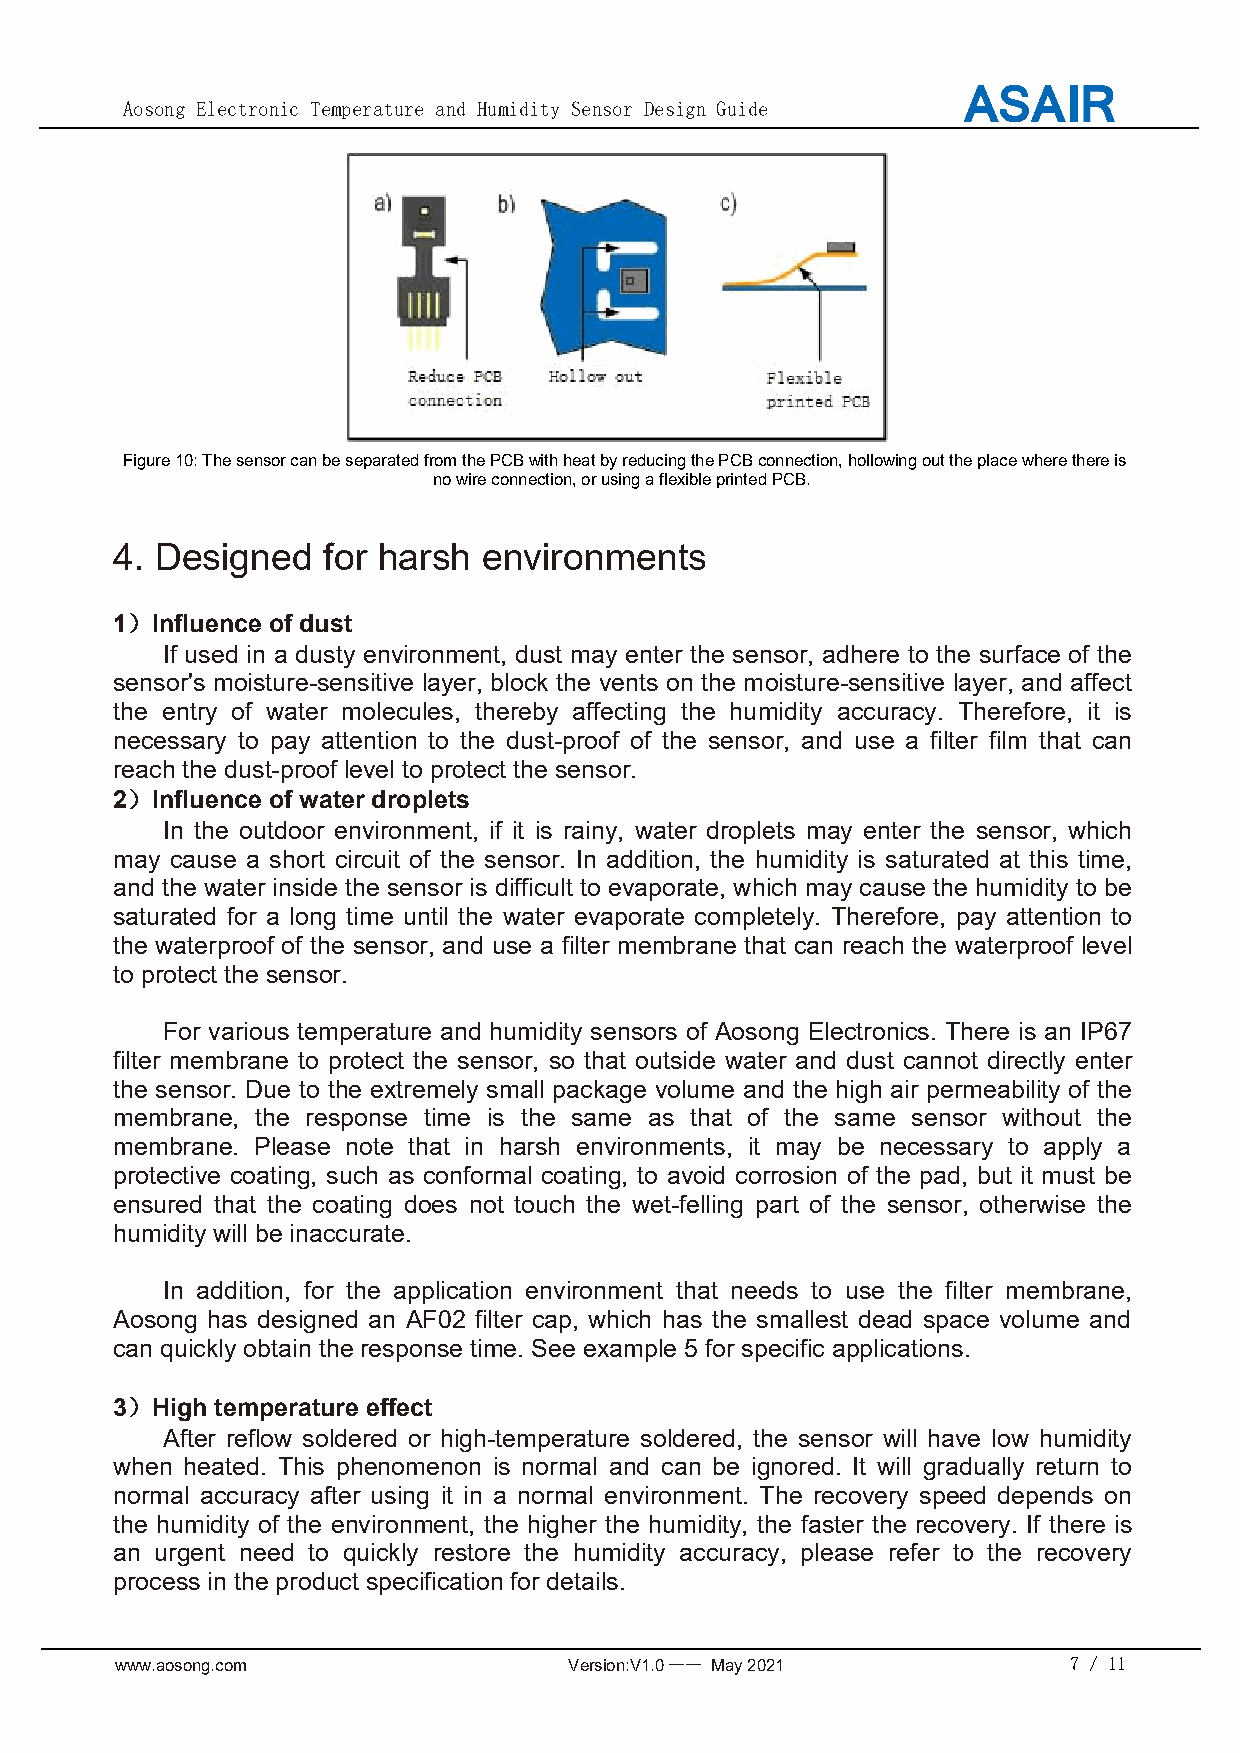
Aosong Electronic Temperature and Humidity Sensor Design Guide
 Figure10:ThesensorcanbeseparatedfromthePCBwithheatbyreducingthePCBconnection,hollowingouttheplacewherethereis
 nowireconnection,orusingaflexibleprintedPCB.
 4. Designed   for harsh  environments
 1）Influence of dust
 If used in a dusty environment, dust may enter the sensor, adhere to the surface of the
 sensor's moisture-sensitive layer, block the vents on the moisture-sensitive layer, and affect
 the entry of water molecules, thereby affecting the humidity accuracy. Therefore, it is
 necessary to pay attention to the dust-proof of the sensor, and use a filter film that can
 reach the dust-proof level to protect the sensor.
 2）Influence of water droplets
 In the outdoor environment, if it is rainy, water droplets may enter the sensor, which
 may cause a short circuit of the sensor. In addition, the humidity is saturated at this time,
 and the water inside the sensor is difficult to evaporate, which may cause the humidity to be
 saturated for a long time until the water evaporate completely. Therefore, pay attention to
 the waterproof of the sensor, and use a filter membrane that can reach the waterproof level
 to protect the sensor.
 For various temperature and humidity sensors of Aosong Electronics. There is an IP67
 filter membrane to protect the sensor, so that outside water and dust cannot directly enter
 the sensor. Due to the extremely small package volume and the high air permeability of the
 membrane, the response time is the same as that of the same sensor without the
 membrane. Please note that in harsh environments, it may be necessary to apply a
 protective coating, such as conformal coating, to avoid corrosion of the pad, but it must be
 ensured that the coating does not touch the wet-felling part of the sensor, otherwise the
 humidity will be inaccurate.
 In addition, for the application environment that needs to use the filter membrane,
 Aosong has designed an AF02 filter cap, which has the smallest dead space volume and
 can quickly obtain the response time. See example 5 for specific applications.
 3）High temperature effect
 After reflow soldered or high-temperature soldered, the sensor will have low humidity
 when heated. This phenomenon is normal and can be ignored. It will gradually return to
 normal accuracy after using it in a normal environment. The recovery speed depends on
 the humidity of the environment, the higher the humidity, the faster the recovery. If there is
 an urgent need to quickly restore the humidity accuracy, please refer to the recovery
 process in the product specification for details.
 www.aosong.com                Version:V1.0—— May2021           7 / 11